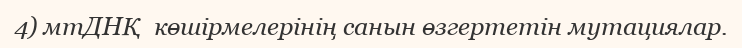
4) мтДНҚ  көшірмелерінің санын өзгертетін мутациялар.